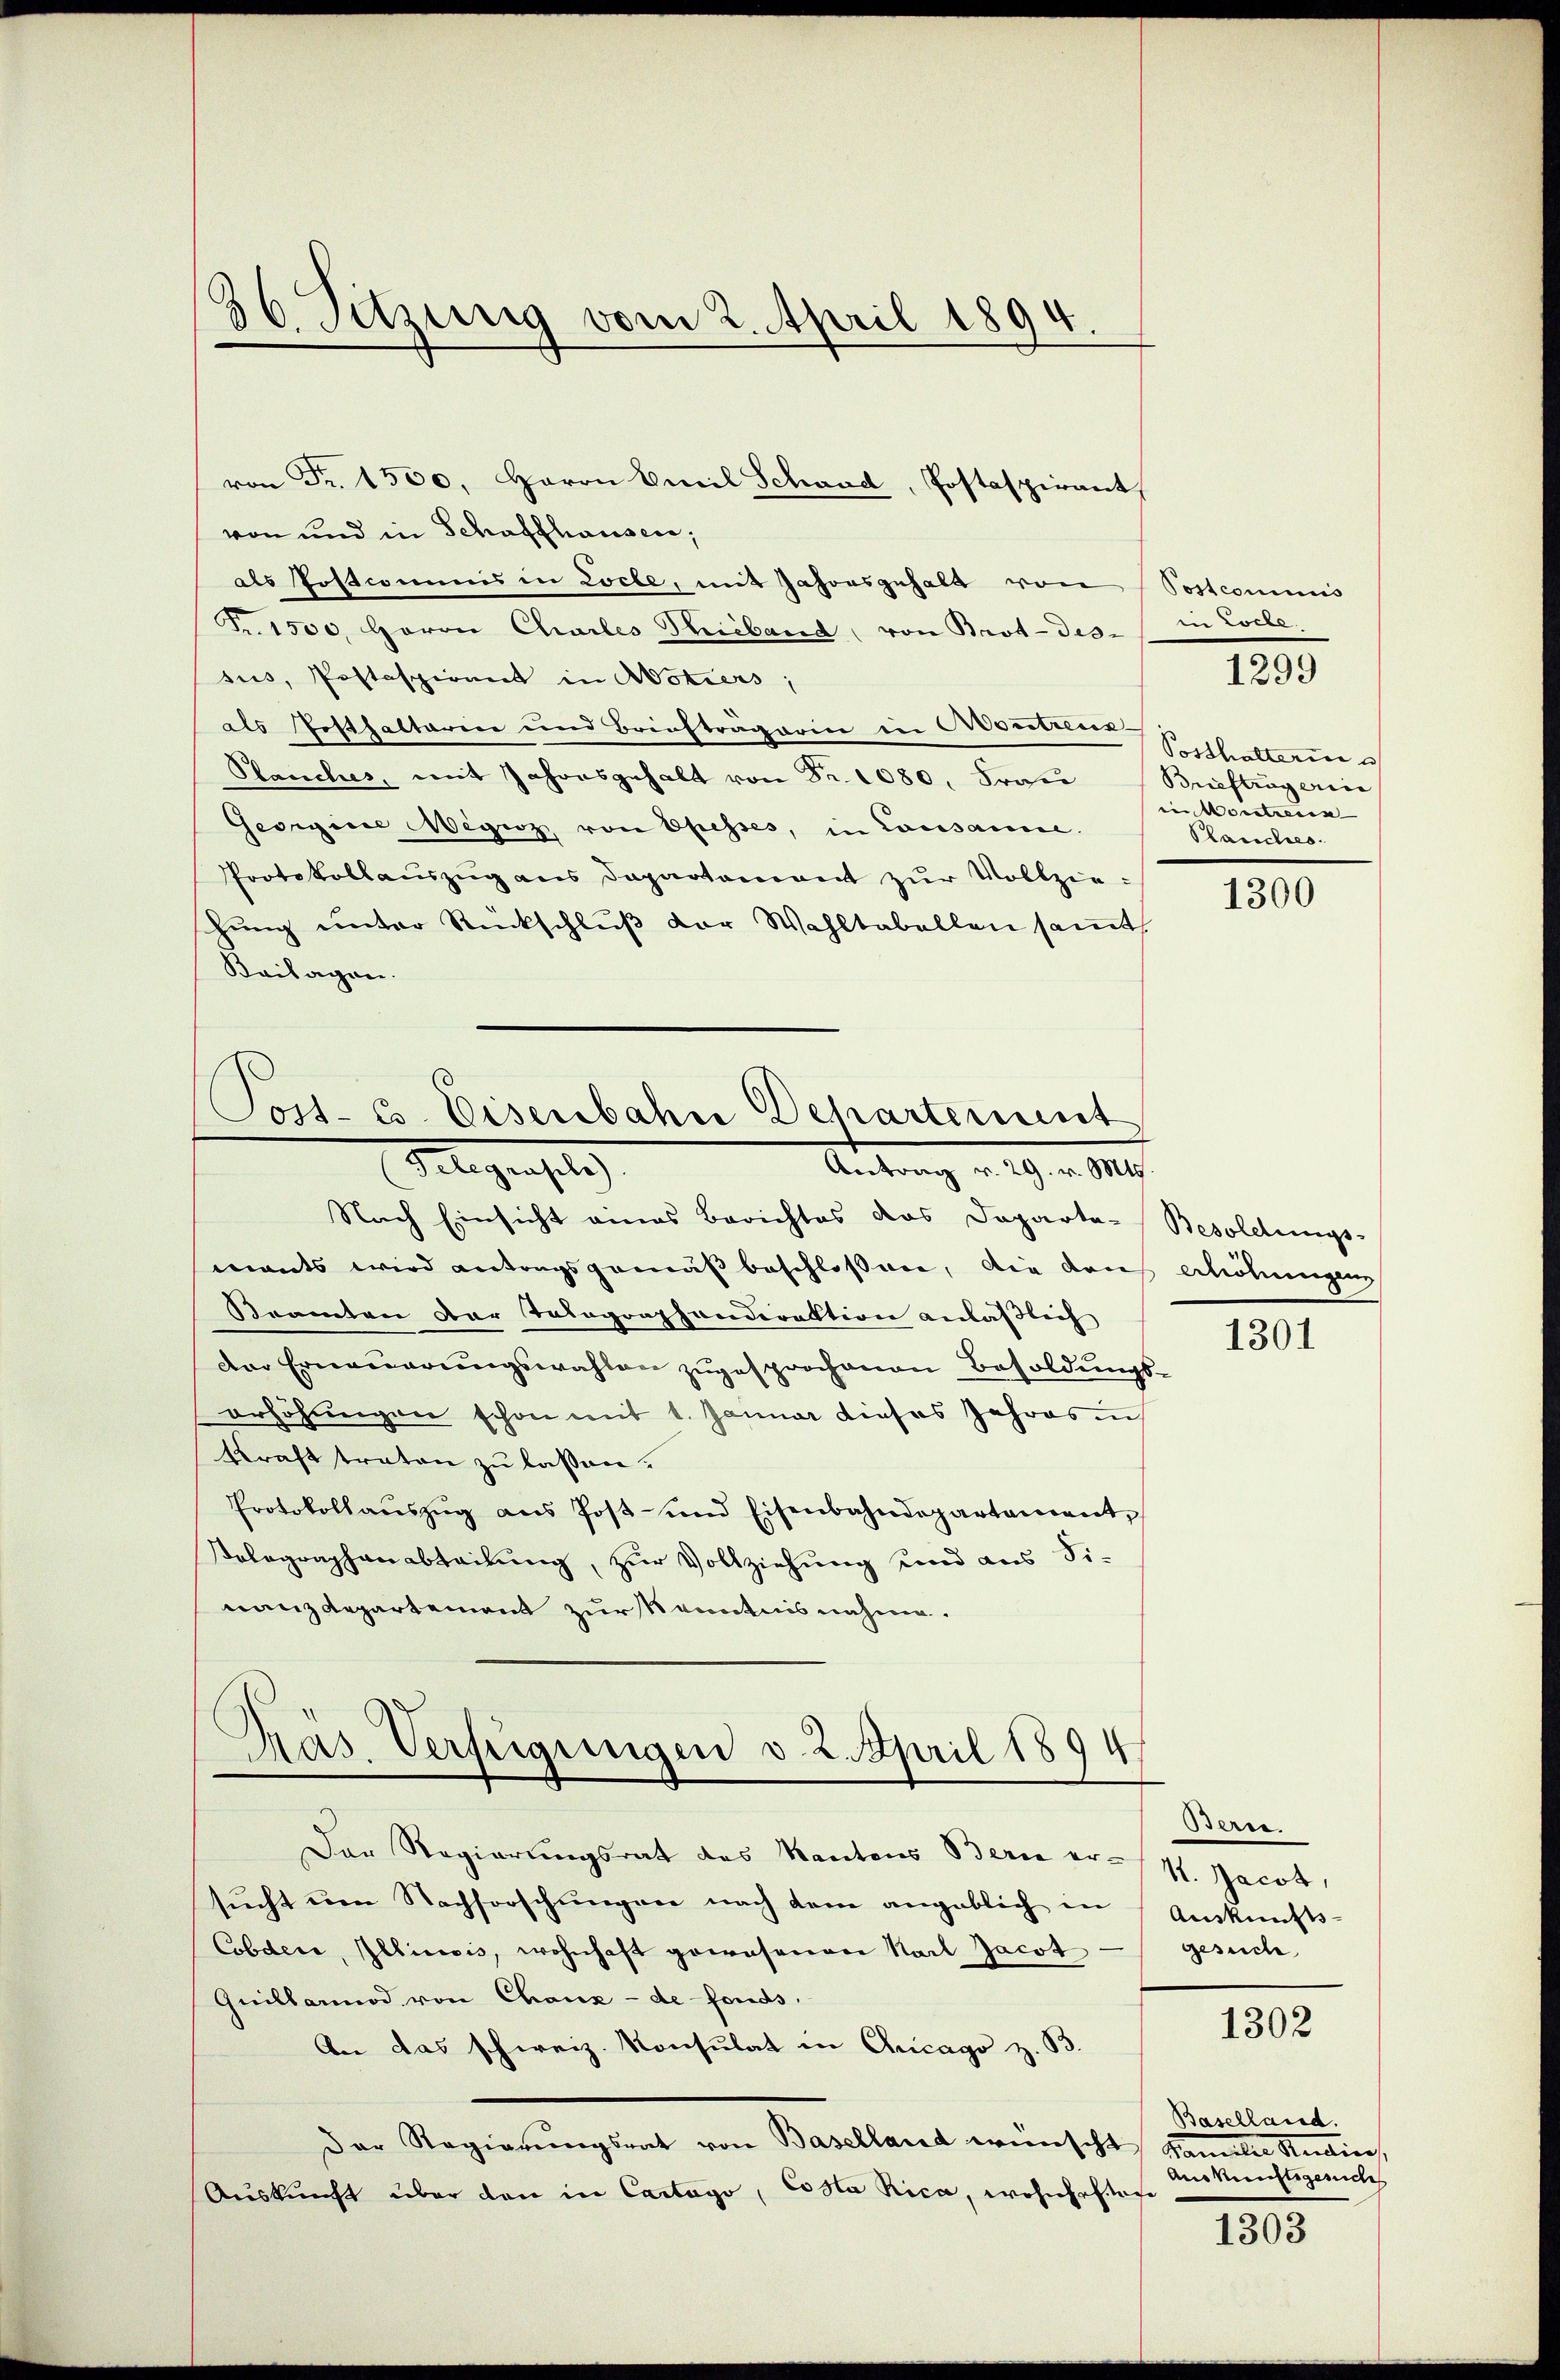
36. Sitzung vom 2. April 1894.

von Fr. 1500. Herrn Cueil Schaad, Postaspirant
von und in Schaffhausen,
als Postcommis in Loche, mit Jahresgehalt von Postcommis
Fr. 1500. Herrn Charles Tiband, von Brot-des-
sus, Postspirant in Motiers;
als Posthaltarin und Briefträgerin in Contreus
Planches, mit Jahresgehalt von Fr. 1080. Frau Briefträgerin
Georgine Megiz, von Ehesses, in Lausanne.
Protokollaŭszŭg ans Departement zŭr Vollziehung unter Rückschluß der Wahltabellen sammt,
Kailagen.
Post. C. Eisenbahn Dehartement
Flegensel
Antrag v. 29. v. Mts.

Präs. Verfügungen v. 2. April 1894.

Der Regierungsrat des Kantons Bern ersŭcht ŭm Nachforschŭngen nach dem angeblich in
Cobdere, Illinois, wohnhaft gewesenen Karl Jacot
Quillarod von Chaux-de-Fonds.
An das schweiz. Konsulat in Chicago z. B.
Der Regierŭngsrat von Baselland wünscht, Familie Studier
Auskunft über den in Cartago, Costa Rica, wohnhaftete

Nach Einsicht eines Berichtes das Departa-Besoldungs-
mants wird antragsgemäß beschlossen, die den Arhöhungen
Beamten der Tolographondirektion anläßlich
der Erneŭerŭngswahlen zŭgesprochenen Besoldŭngs-
erhöhungen schon mit 1. Januar dieses Jahres un
kraft traten zu lassen.
Protokollaŭszŭg aŭs Post- und Eisenbahndepartament,
Polographenabteilung, zur Vollziehung und aus Si-
nanzdepartement zur Kenntnis nahme.

1299

Posthalterin s
in Moretieren
Planches.

1300

1301

Gener.
1. Jacot,
Auskunfts-
gesuch

1302

Baselland.
Auskunftsgerich

1303